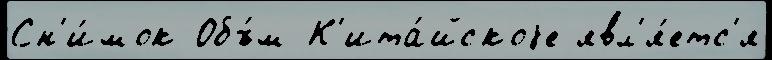
Сн'и́мок Объ́м К'ита́йскоjе явл'я́етс'я